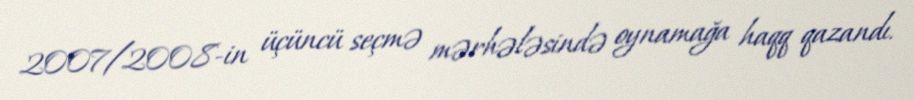
2007/2008-in üçüncü seçmə mərhələsində oynamağa haqq qazandı.